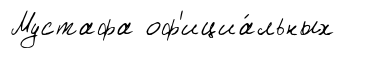
Мустафа оф'ициа́льных